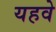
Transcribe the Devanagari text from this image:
यहवे